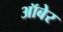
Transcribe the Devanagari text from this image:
ऑबेर